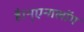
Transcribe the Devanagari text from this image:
है।न्एनालॉग